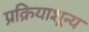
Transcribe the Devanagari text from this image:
प्रक्रियाशून्‍य